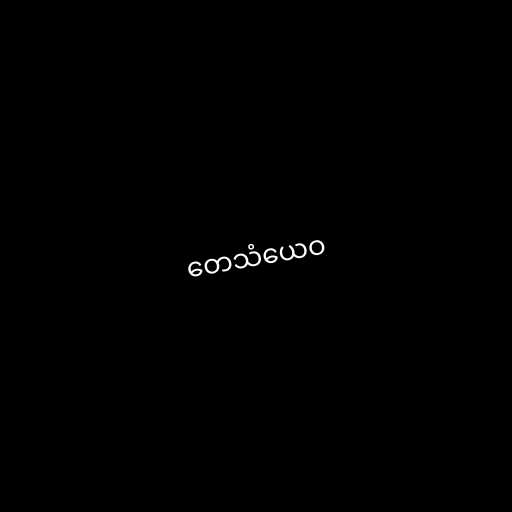
တေသံယေဝ